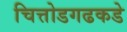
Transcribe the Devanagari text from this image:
चित्तोडगढकडे